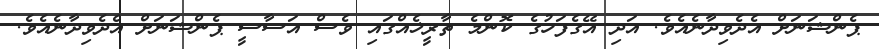
ޕެންޝަނަށް އެދެވިދާނެއެވެ. އަދި އޭގެފަހުގެ ކޮންމެ ތާރީޚެއްގައި ވެސް އަސާސީ ޕެންޝަނަށް އެދެވިދާނެއެވެ.